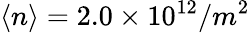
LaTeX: \langle n\rangle=2.0\times 10^{12}/m^{2}